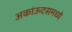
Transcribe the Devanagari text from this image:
अकांऊटसमध्ये